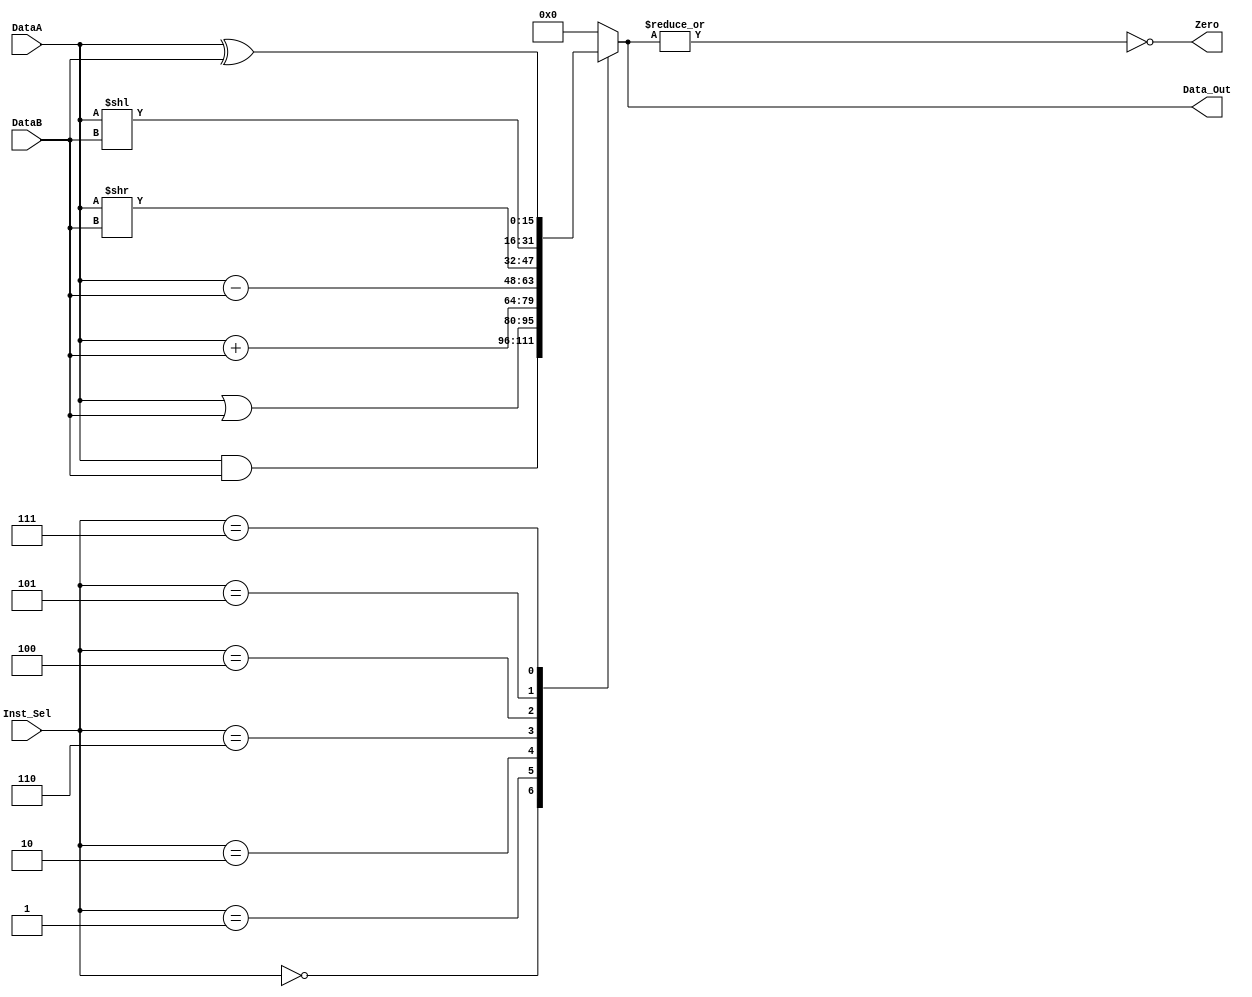
///ALU

//operaciones
	//AND
	//ADD
	//complemento
	//incremento
	//bypass
	//shift R
	//shift L
//debe tener senial de ZERO
module ALU
//parameters
#(
	parameter Bus_Width = 16	
)
//I/O ports

( 
input wire [Bus_Width-1:0] DataA,
input wire [Bus_Width-1:0] DataB,
input wire [2:0] Inst_Sel,
output wire Zero, 
output wire [Bus_Width-1:0] Data_Out
//,output wire Cout, Z
);
localparam 	   AND 		  	= 3'b000, //
				OR			= 3'b001,
				ADD 		= 3'b010, //
				SUBTRCT 	= 3'b110, //
				SRL			= 3'b100,
				SLL			= 3'b101,
				XOR			= 3'b111;

reg [Bus_Width-1:0] Data_Out_Reg;
			 
always@(*) begin//bloque combinacional
	
	case(Inst_Sel)
		AND: 
		begin
			Data_Out_Reg = DataA & DataB;
		end
		OR:
		begin
			Data_Out_Reg = DataA | DataB;
		end
		ADD:
		begin
			Data_Out_Reg = DataA + DataB;
		end
		SUBTRCT:
		begin
			Data_Out_Reg = DataA - DataB;
		end
		SRL:
		begin
			Data_Out_Reg = DataA >> DataB;
		end
		SLL:
		begin
			Data_Out_Reg = DataA << DataB;
		end
		XOR:
		begin
			Data_Out_Reg = DataA ^ DataB;
			//(Data_Out_Reg  == 0)? Zero= 1'b1 : Zero = 1'b0;
		end
		default: //same as bypass
		begin 
			Data_Out_Reg = 'b0;
		end
	endcase
end	
assign Data_Out = Data_Out_Reg;
assign Zero = !(|Data_Out);
endmodule